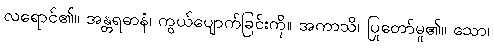
လရောင်၏။ အန္တရဓာနံ၊ ကွယ်ပျောက်ခြင်းကို။ အကာသိ၊ ပြုတော်မူ၏။ သော၊